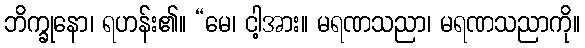
ဘိက္ခုနော၊ ရဟန်း၏။ “မေ၊ ငါ့အား။ မရဏသညာ၊ မရဏသညာကို။